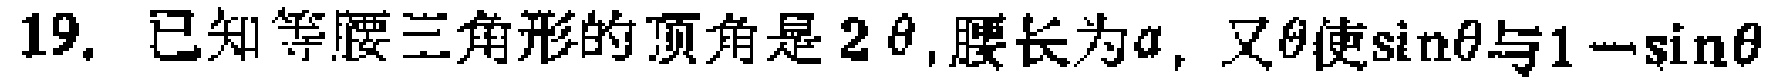
19. 已知等腰三角形的顶角是\(2\theta\)，腰长为\(a\)，又\(\theta\)使\(\sin\theta\)与\(1 - \sin\theta\)